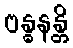
ဗန္ဓနန္တိ